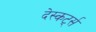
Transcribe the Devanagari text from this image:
देस्कर्ट्स